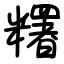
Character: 糬